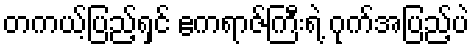
တကယ့်ပြည့်ရှင် ဧကရာဇ်ကြီးရဲ့ ဂုက်အပြည့်ပဲ